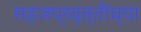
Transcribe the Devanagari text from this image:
सहजप्रवृत्तींच्या